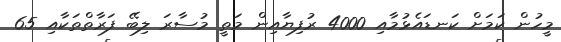
މީހުން ކަމަށް ކަނޑައެޅުމާއި 4000 ރުފިޔާއިން މަތީ މުސާރަ ލިބޭ ފަރާތްތަކާއި 65